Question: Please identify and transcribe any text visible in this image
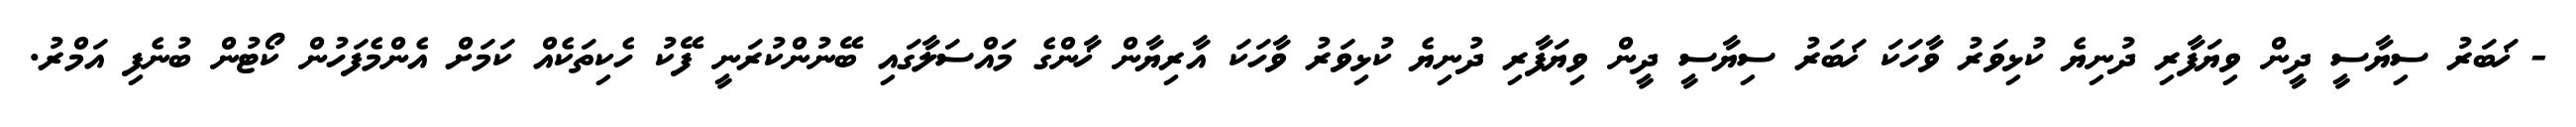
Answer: - ޚަބަރު ސިޔާސީ ދީން ވިޔަފާރި ދުނިޔެ ކުޅިވަރު ވާހަކަ ޚަބަރު ސިޔާސީ ދީން ވިޔަފާރި ދުނިޔެ ކުޅިވަރު ވާހަކަ އާރިޔާން ޚާންގެ މައްސަލާގައި ބޭނުންކުރަނީ ފޭކު ހެކިތަކެއް ކަމަށް އެންމެފަހުން ކޯޓުން ބުނެފި އަމްރު.